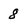
Character: 8